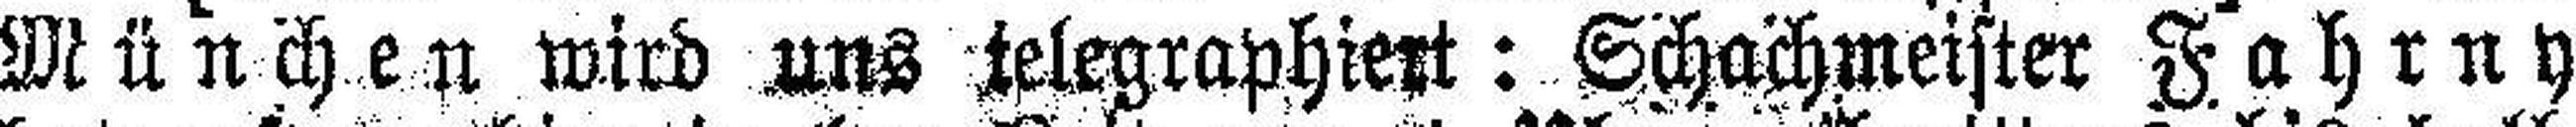
München wird uns telegraphiert: Schachmeister Fahrny